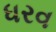
ધરવ